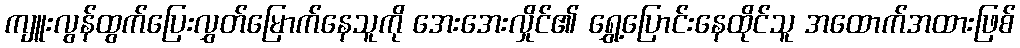
ကျူးလွန်ထွက်ပြေးလွှတ်မြောက်နေသူကို အေးအေးလှိုင်၏ ရွှေ့ပြောင်းနေထိုင်သူ အထောက်အထားဖြစ်